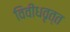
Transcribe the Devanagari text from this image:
विवीधवृत्त